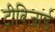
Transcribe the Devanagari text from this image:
ट्रीविजार्ड